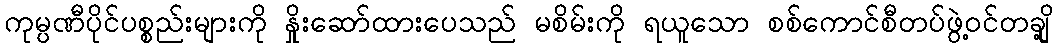
ကုမ္ပဏီပိုင်ပစ္စည်းများကို နှိုးဆော်ထားပေသည် မစိမ်းကို ရယူသော စစ်ကောင်စီတပ်ဖွဲ့ဝင်တချို့